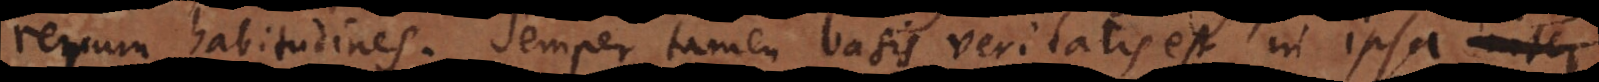
rerum habitudines. Semper tamen basis veritatis est in ipsa conne